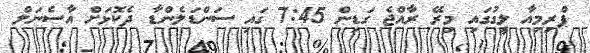
ޕްރިމިއާ ލީގުގައި މިރޭ ރާއްޖެ ގަޑިން 7:45 ގައި ސަންޑަލެންޑާ ދެކޮޅަށް އާސެނަލް